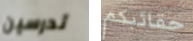
تدرسين حقائبكم